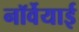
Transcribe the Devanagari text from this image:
नॉर्वेयाई